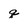
Character: q